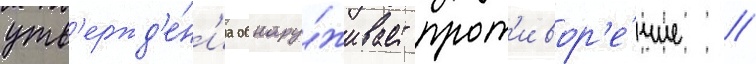
утв'ержд'е́н'иа обнару́живает прот'ивор'е́чие //